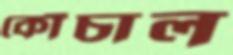
কোঁচাল